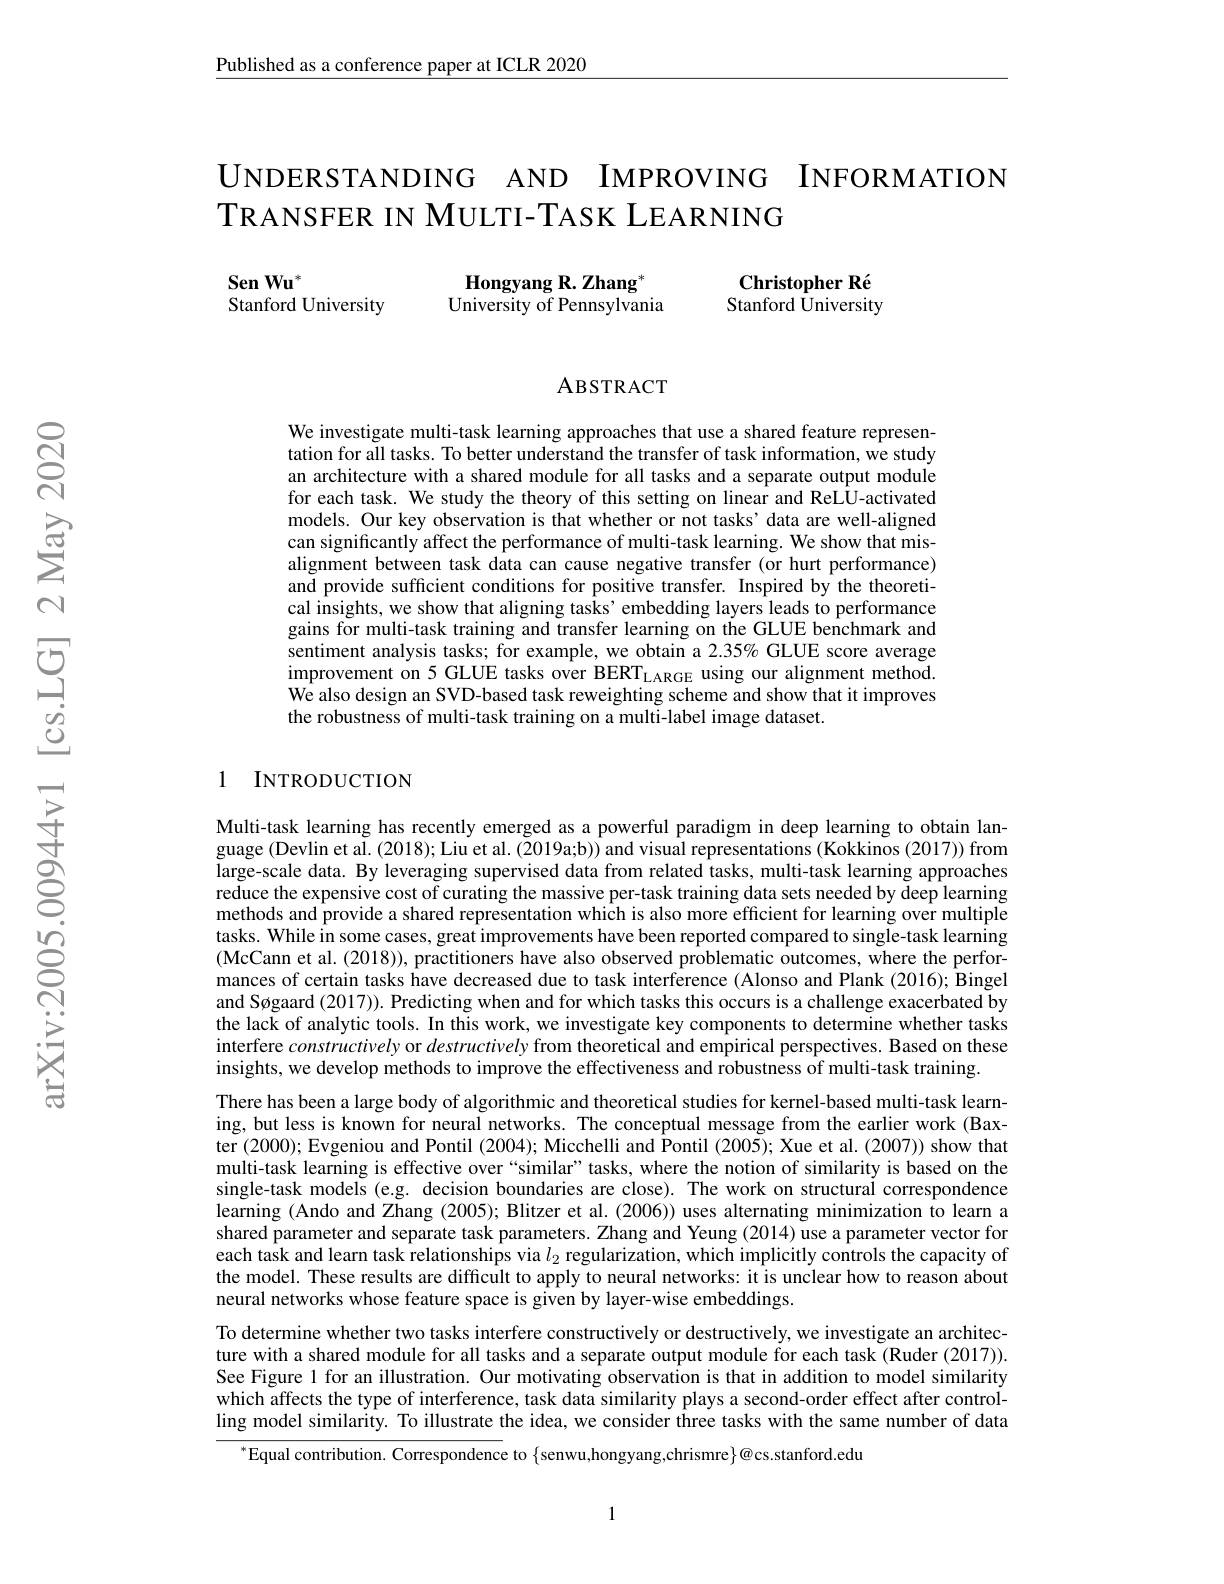
Published as a conference paper at ICLR 2020

# UNDERSTANDING AND IMPROVING INFORMATION TRANSFER IN MULTI-TASK LEARNING

$\mathbf{Sen}\mathbf{Wu}^{*}$
${\mathbf{HongyangR.Zhang}^*}$
Stanford University
$\bar{\text{University of Pennsylvania}}$

Christopher Ré Stanford University

### ABSTRACT

We investigate multi-task learning approaches that use a shared feature representation for all tasks. To better understand the transfer of task information, we study an architecture with a shared module for all tasks and a separate output module for each task. We study the theory of this setting on linear and ReLU-activated models. Our key observation is that whether or not tasks'data are well-aligned can significantly affect the performance of multi-task learning. We show that misalignment between task data can cause negative transfer (or hurt performance) and provide sufficient conditions for positive transfer. Inspired by the theoretical insights, we show that aligning tasks' embedding layers leads to performance gains for multi-task training and transfer learning on the GLUE benchmark and sentiment analysis tasks; for example, we obtain a 2.35% GLUE score average improvement on 5 GLUE tasks over BERT$_\mathrm{LARGE}$ using our alignment method. We also design an SVD-based task reweighting scheme and show that it improves the robustness of multi-task training on a multi-label image dataset.

### 1 INTRODUCTION

Multi-task learning has recently emerged as a powerful paradigm in deep learning to obtain language (Devlin et aI. (2018); Liu et al. (2019a;b)) and visual representations (Kokkinos (2017)) from large-scale data. By leveraging supervised data from related tasks, multi-task learning approaches reduce the expensive cost of curating the massive per-task training data sets needed by deep learning methods and provide a shared representation which is also more efficient for learning over multiple tasks. While in some cases, great improvements have been reported compared to single-task learning (McCann et al. (2018)), practitioners have also observed problematic outcomes, where the performances of certain tasks have decreased due to task interference (Alonso and Plank (2016); Bingel and Søgaard (2017)). Predicting when and for which tasks this occurs is a challenge exacerbated by the lack of analytic tools. In this work, we investigate key components to determine whether tasks interfere constructively or destructively from theoretical and empirical perspectives. Based on these insights, we develop methods to improve the effectiveness and robustness of multi-task training.
There has been a large body of algorithmic and theoretical studies for kernel-based multi-task learning, but less is known for neural networks. The conceptual message from the earlier work (Baxter (2000); Evgeniou and Pontil (2004); Micchelli and Pontil (2005); Xue et al. (2007)) show that multi-task learning is effective over “similar” tasks, where the notion of similarity is based on the single-task models (e.g. decision boundaries are close). The work on structurai correspondence learning (Ando and Zhang (2005); Blitzer et al. (2006)) uses alternating minimization to learn a shared parameter and separate task parameters. Zhang and Yeung (2014) use a parameter vector for each task and learn task relationships via $l_2$ regularization, which implicitly controls the capacity of the model. These results are difficult to apply to neural networks: it is unclear how to reason about neural networks whose feature space is given by layer-wise embeddings.
To determine whether two tasks interfere constructively or destructively, we investigate an architecture with a shared module for all tasks and a separate output module for each task (Ruder (2017)). See Figure 1 for an illustration. Our motivating observation is that in addition to model similarity which affects the type of interference, task data similarity plays a second-order effect after controlling model similarity. To illustrate the idea, we consider three tasks with the same number of data
$^{*}$Equal contribution. Correspondence to $\{$senwu,hongyang,chrismre$\}@$cs.stanford.edu

1